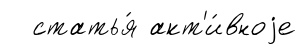
статья́ акт'и́вноjе